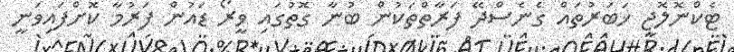
ޓެކްނޮލޮޖީ ޚަބަރުތައް ގެނެސްދޭ ފަރާތްތަކުން ބުނާ ގޮތުގައި ވީރޯ ޑައުން ފަރުމާ ކޮށްފައިވަނީ